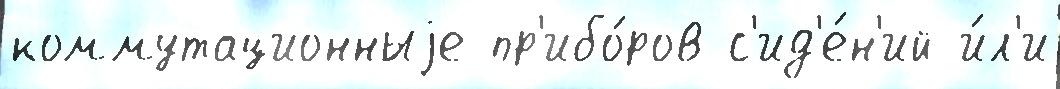
коммутационныjе пр'ибо́ров с'ид'е́н'ий и́л'и